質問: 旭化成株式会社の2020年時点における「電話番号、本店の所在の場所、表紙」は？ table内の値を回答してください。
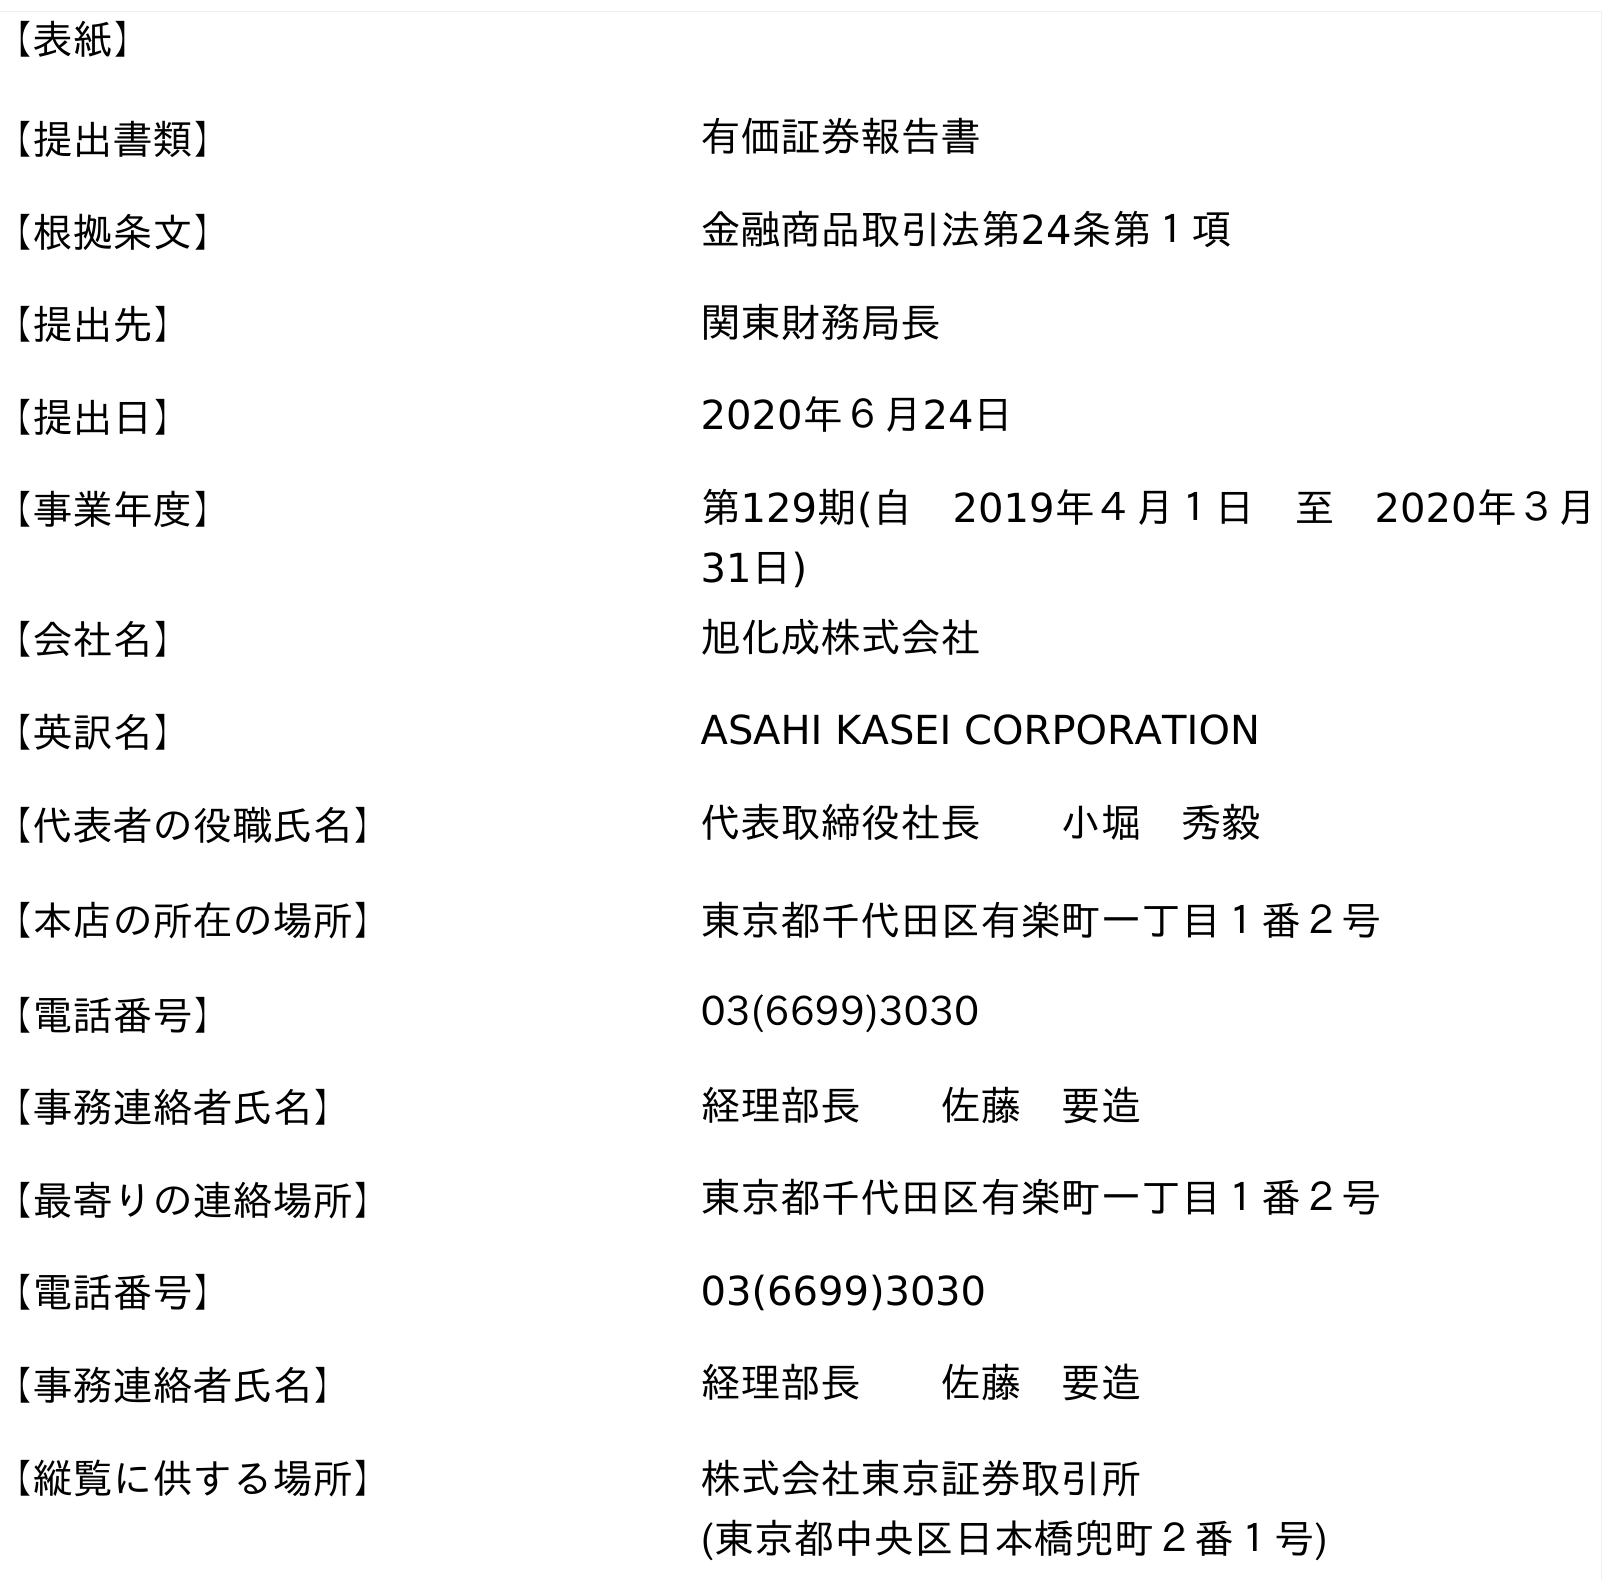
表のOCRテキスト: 【表紙】 【提出書類】 有価証券報告書 【根拠条文】 金融商品取引法第24条第１項 【提出先】 関東財務局長 【提出日】 2020年６月24日 【事業年度】 第129期(自 2019年４月１日 至 2020年３月 31日) 【会社名】 旭化成株式会社 【英訳名】 ASAHI KASEI CORPORATION 【代表者の役職氏名】 代表取締役社長  小堀 秀毅 【本店の所在の場所】 東京都千代田区有楽町一丁目１番２号 【電話番号】 03(6699)3030 【事務連絡者氏名】 経理部長  佐藤 要造 【最寄りの連絡場所】 東京都千代田区有楽町一丁目１番２号 【電話番号】 03(6699)3030 【事務連絡者氏名】 経理部長  佐藤 要造 【縦覧に供する場所】 株式会社東京証券取引所 (東京都中央区日本橋兜町２番１号)
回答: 03(6699)3030